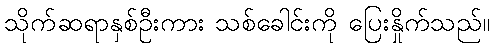
သိုက်ဆရာနှစ်ဦးကား သစ်ခေါင်းကို ပြေးနှိုက်သည်။